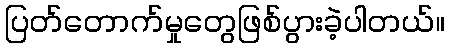
ပြတ်တောက်မှုတွေဖြစ်ပွားခဲ့ပါတယ်။